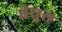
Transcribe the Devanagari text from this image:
बेसुस